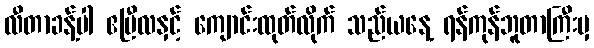
လီတာခန့်ပါ ဧပြီလနှင့် ကျောင်းထုတ်လိုက် သည်ယနေ့ ရန်ကုန်ဘူတာကြီးမှ